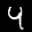
Label: 4